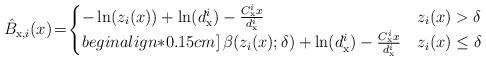
LaTeX: \begin{align*} \hat{B}_{\mathrm{x},i}(x)\!=\!\begin{cases} -\ln(z_i(x))+\ln(d_{\mathrm{x}}^i)-\frac{{C_{\mathrm{x}}^i} x}{d_{\mathrm{x}}^i} & z_i(x) > \delta \\begin{align*}0.15cm] \, \beta(z_i(x);\delta) +\ln(d_{\mathrm{x}}^i)-\frac{{C_{\mathrm{x}}^i} x}{d_{\mathrm{x}}^i} & z_i(x) \leq \delta \, \end{cases}\end{align*}